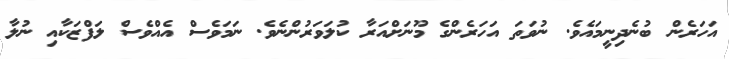
އަހަރެން ބުނެދިނީމައެވެ. ނުވަތަ އަހަރެންގެ މޫނަށްއަރާ ކުލަވަރުންނެވެ. ނަމަވެސް އެއްވެސް ލަފްޒަކާއި ނުލާ